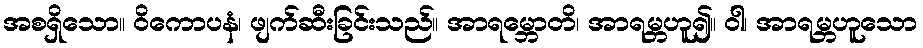
အစရှိသော။ ဝိကောပနံ၊ ဖျက်ဆီးခြင်းသည်။ အာရမ္ဘောတိ၊ အာရမ္ဘဟူ၍။ ဝါ၊ အာရမ္ဘဟူသော